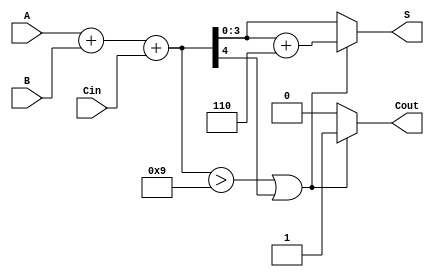
module BCD_Fast_Adder (
    input [3:0] A,        // 4-bit BCD input A
    input [3:0] B,        // 4-bit BCD input B
    input Cin,            // Carry-in
    output reg [3:0] S,   // 4-bit BCD sum output
    output reg Cout       // Carry-out
);

    wire [4:0] Sum;          // 5-bit to hold the initial sum (A + B + Cin)
    wire Cout_int;           // Internal carry-out from the binary adder
    wire [4:0] Corrected_Sum; // Corrected sum after BCD correction

    // Binary addition of A, B and Cin
    assign Sum = A + B + Cin; // 5-bit sum to accommodate carry
    assign Cout_int = Sum[4]; // Internal carry-out (5th bit)

    // BCD correction logic
    always @(*) begin
        if (Sum > 9 || Cout_int) begin
            // If sum is greater than 9 or there is an internal carry, add 6 (0110)
            Corrected_Sum = Sum + 5'd6; // Adding 6
            Cout = 1;                   // Set carry-out
        end else begin
            Corrected_Sum = Sum;        // No correction needed
            Cout = 0;                   // No carry-out
        end
        S = Corrected_Sum[3:0];        // Assign the lower 4 bits as the result
    end

endmodule